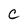
Character: C